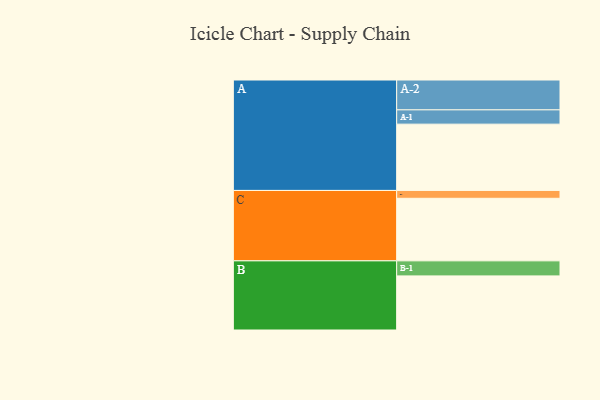
{"axis": {"x": "Segment", "y": "Value"}, "legend": ["", "A", "B", "C"], "data": [{"x": "A", "y": 533, "type": ""}, {"x": "B", "y": 435, "type": ""}, {"x": "C", "y": 503, "type": ""}, {"x": "A-1", "y": 115, "type": "A"}, {"x": "A-2", "y": 240, "type": "A"}, {"x": "B-1", "y": 121, "type": "B"}, {"x": "C-1", "y": 63, "type": "C"}]}